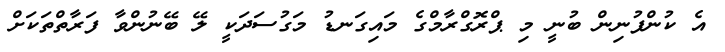
އެ ކުންފުނިން ބުނީ މި ޕްރޮގްރާމްގެ މައިގަނޑު މަގުސަދަކީ ލޭ ބޭނުންވާ ފަރާތްތަކަށް